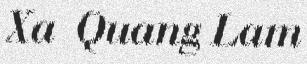
Xa Quang Lam